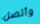
وأتصل